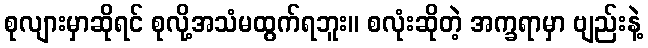
စုလျားမှာဆိုရင် စုလို့အသံမထွက်ရဘူး။ စလုံးဆိုတဲ့ အက္ခရာမှာ ဗျည်းနဲ့